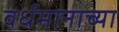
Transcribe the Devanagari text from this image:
वर्धमानाच्या